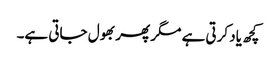
کچھ یاد کرتی ہے مگر پھر بھول جاتی ہے۔